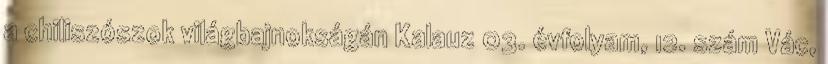
a chiliszószok világbajnokságán Kalauz 03. évfolyam, 12. szám Vác,